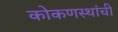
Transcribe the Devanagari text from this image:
कोकणस्थांची